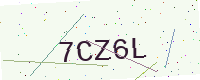
Text: 7CZ6L